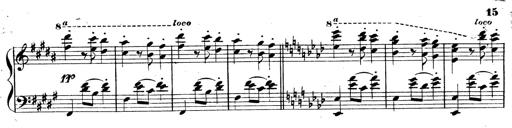
Title: 3 Caprices-Valses
Composer: Franz Liszt